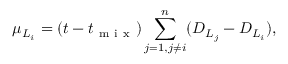
\mu _ { L _ { i } } = ( t - t _ { \mathrm { ~ m ~ i ~ x ~ } } ) \sum _ { j = 1 , j \neq i } ^ { n } ( D _ { L _ { j } } - D _ { L _ { i } } ) ,